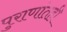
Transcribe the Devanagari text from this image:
पुराणांतही